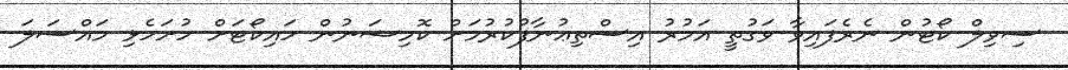
ސިވިލް ކޯޓުން ނެރެފައިވާ ވަގުތީ އަމުރު އިސްތިޢުނާފުކުރުމަށް ކޮމިޝަނުން ހައިކޯޓަށް ހުށަހެޅި މައްސަލަ